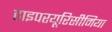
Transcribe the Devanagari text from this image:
हाइपरयूरिसीमिया